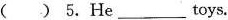
( ) 5. He ___ toys.